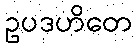
ဥပဒဟိတေ